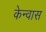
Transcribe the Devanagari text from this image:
केन्वास